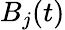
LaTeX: B_{j}(t)